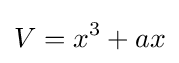
V=x^{3}+ax